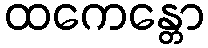
ထကေန္တော